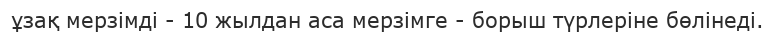
ұзақ мерзімді - 10 жылдан аса мерзімге - борыш түрлеріне бөлінеді.